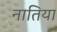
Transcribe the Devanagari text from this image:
नातिया